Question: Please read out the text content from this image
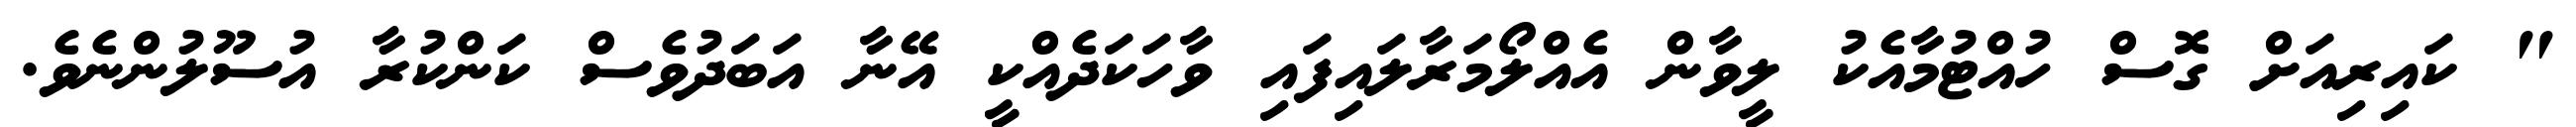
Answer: " ކައިރިއަށް ގޮސް ހުއްޓުމާއެކު ލީވާން އެއްލޯމަރާލައިފައި ވާހަކަދެއްކީ އޭނާ އަބަދުވެސް ކަންކުރާ އުސޫލުންނެވެ.